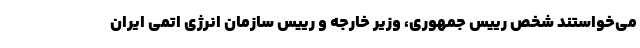
می‌خواستند شخص رییس جمهوری، وزیر خارجه و رییس سازمان انرژی اتمی ایران